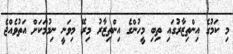
މި ކަމުގެ އިންތިޒާރުގައި ތިބި މީހުންގެ އިންތިޒާރު މިރޭ މިވަނީ ނިމުމަކަށް އަތުވެއްޖެ